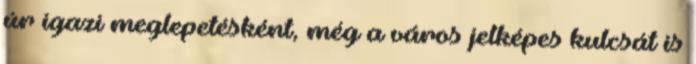
úr igazi meglepetésként, még a város jelképes kulcsát is